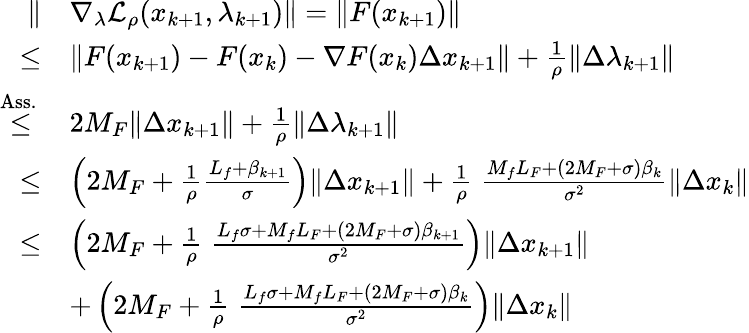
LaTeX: \begin{array}{rl}{\| }&{\nabla_{\lambda}\mathcal{L}_{\rho}(x_{k+1},\lambda_{k+1})\| =\| F(x_{k+1})\| }\\ {\leq}&{\| F(x_{k+1})-F(x_{k})-\nabla F(x_{k})\Delta x_{k+1}\| +\frac{1}{\rho}\| \Delta\lambda_{k+1}\| }\\ {{\overset{{\mathrm{Ass.~}}}{\leq}}}&{2M_{F}\| \Delta x_{k+1}\| +\frac{1}{\rho}\| \Delta\lambda_{k+1}\| }\\ {{\overset{}{\leq}}}&{\left(2M_{F}+\frac{1}{\rho}\frac{L_{f}+\beta_{k+1}}{\sigma}\right)\| \Delta x_{k+1}\| +\frac{1}{\rho}\; \frac{M_{f}L_{F}+(2M_{F}+\sigma)\beta_{k}}{\sigma^{2}}\| \Delta x_{k}\| }\\ {\leq}&{\left(2M_{F}+\frac{1}{\rho}\; \frac{L_{f}\sigma+M_{f}L_{F}+(2M_{F}+\sigma)\beta_{k+1}}{\sigma^{2}}\right)\| \Delta x_{k+1}\| }\\ &{+\left(2M_{F}+\frac{1}{\rho}\; \frac{L_{f}\sigma+M_{f}L_{F}+(2M_{F}+\sigma)\beta_{k}}{\sigma^{2}}\right)\| \Delta x_{k}\| }\end{array}